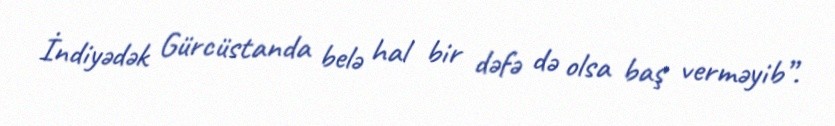
İndiyədək Gürcüstanda belə hal bir dəfə də olsa baş verməyib”.